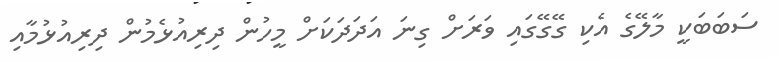
ސަބަބަކީ މާލޭގެ އެކި ގޭގޭގައި ވަރަށް ގިނަ އަދަދަކަށް މީހުން ދިރިއުޅެމުން ދިރިއުޅުމާއި